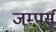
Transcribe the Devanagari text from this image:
जम्पर्स